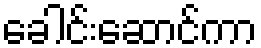
ခေါင်းဆောင်ကာ